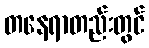
တနေရာတည်းတွင်